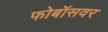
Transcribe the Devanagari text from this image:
फोबॉसवर